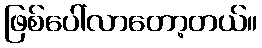
ဖြစ်ပေါ်လာတော့တယ်။